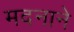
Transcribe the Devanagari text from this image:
मदनाने